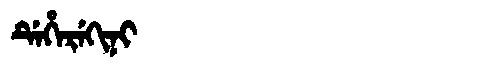
Manchu: ᡩᡝᡥᡝᡵᡝᡴᡳᠨᡳ
Romanization: DEHEREKINI